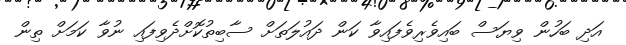
އަދި ބަހުން ވިޔަސް ބައިވެރިވެފައިވާ ކަން ދައުލަތަށް ސާބިތުކޮށްދެވިފައި ނުވާ ކަމަށް ތިން